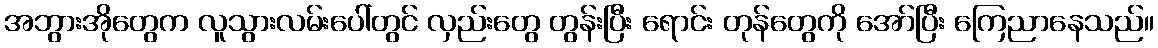
အဘွားအိုတွေက လူသွားလမ်းပေါ်တွင် လှည်းတွေ တွန်းပြီး ရောင်း တုန်တွေကို အော်ပြီး ကြေညာနေသည်။